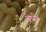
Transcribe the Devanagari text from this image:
बेपो